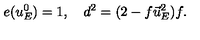
e ( u _ { E } ^ { 0 } ) = 1 , \quad d ^ { 2 } = ( 2 - f \vec { u } _ { E } ^ { 2 } ) f .